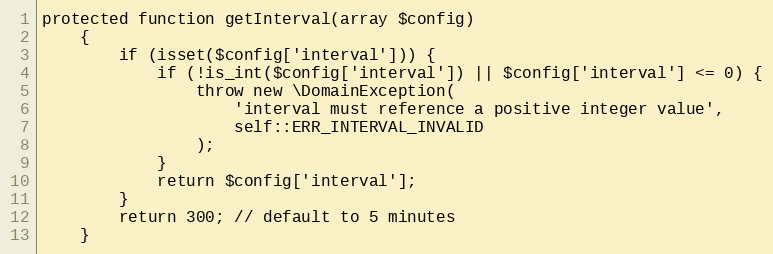
Language: PHP
protected function getInterval(array $config)
    {
        if (isset($config['interval'])) {
            if (!is_int($config['interval']) || $config['interval'] <= 0) {
                throw new \DomainException(
                    'interval must reference a positive integer value',
                    self::ERR_INTERVAL_INVALID
                );
            }
            return $config['interval'];
        }
        return 300; // default to 5 minutes
    }